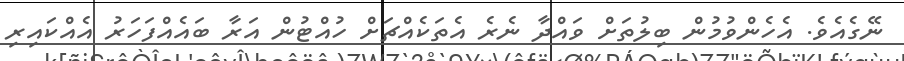
ނޭގެއެވެ. އެހެންވުމުން ބިލުތަށް ވައްދާ ނެރެ އެތަކެއްޗަށް ހުއްޓުން އަރާ ބައެއްފަހަރު އެއްކައިރި